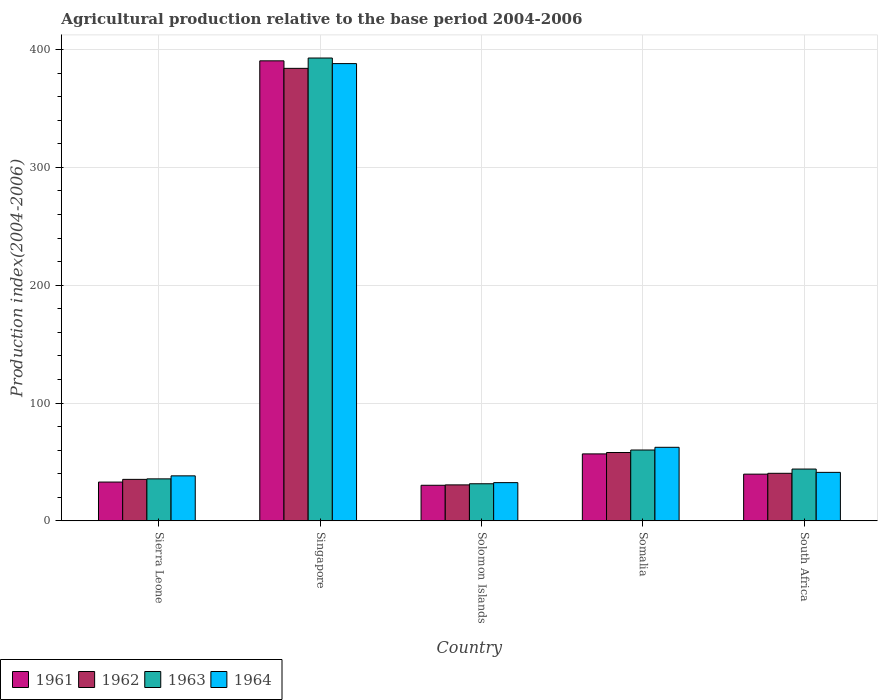
| Country | 1961 | 1962 | 1963 | 1964 |
 | --- | --- | --- | --- | --- |
 | Sierra Leone | 32.9 | 35.2 | 35.6 | 38.2 |
 | Singapore | 390 | 384 | 393 | 388 |
 | Solomon Islands | 30.2 | 30.5 | 31.5 | 32.4 |
 | Somalia | 56.8 | 58 | 60.1 | 62.4 |
 | South Africa | 39.6 | 40.3 | 44 | 41.1 |